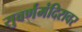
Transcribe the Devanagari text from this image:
सुवर्णमंदिरावर